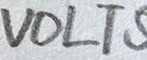
Text: VOLTS